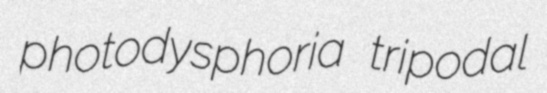
photodysphoria tripodal